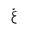
Letter: _gayn